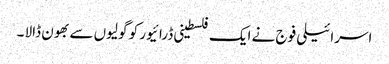
اسرائیلی فوج نے ایک فلسطینی ڈرائیور کو گولیوں سے بھون ڈالا ۔